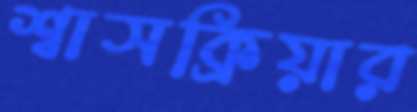
শ্বাসক্রিয়ার